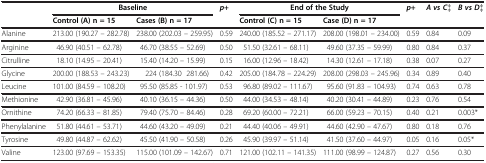
<table><thead><tr><td><b> </b></td><td colspan="2"><b>Baseline</b></td><td><b><i>p</i>+</b></td><td colspan="2"><b>End of the Study</b></td><td><b><i>p</i>+</b></td><td><b><i>A vs</i><i>C</i>‡</b></td><td><b><i>B vs</i><i>D</i>‡</b></td></tr><tr><td><b> </b></td><td><b>Control (A) n = 15</b></td><td><b>Cases (B) n = 17</b></td><td><b> </b></td><td><b>Control (C) n = 15</b></td><td><b>Case (D) n = 17</b></td><td><b> </b></td><td><b> </b></td><td><b> </b></td></tr></thead><tbody><tr><td>Alanine</td><td>213.00 (190.27 – 282.78)</td><td>238.00 (202.03 – 259.95)</td><td>0.59</td><td>240.00 (185.52 – 271.17)</td><td>208.00 (198.01 – 234.00)</td><td>0.59</td><td>0.84</td><td>0.09</td></tr><tr><td>Arginine</td><td>46.90 (40.51 – 62.78)</td><td>46.70 (38.55 – 52.69)</td><td>0.50</td><td>51.50 (32.61 – 68.11)</td><td>49.60 (37.35 – 59.99)</td><td>0.80</td><td>0.84</td><td>0.37</td></tr><tr><td>Citrulline</td><td>18.10 (14.95 – 20.41)</td><td>15.40 (14.20 – 15.99)</td><td>0.15</td><td>16.00 (12.96 – 18.42)</td><td>14.30 (12.61 – 17.18)</td><td>0.38</td><td>0.07</td><td>0.27</td></tr><tr><td>Glycine</td><td>200.00 (188.53 – 243.23)</td><td>224 (184.30 281.66)</td><td>0.42</td><td>205.00 (184.78 – 224.29)</td><td>208.00 (298.03 – 245.96)</td><td>0.34</td><td>0.89</td><td>0.40</td></tr><tr><td>Leucine</td><td>101.00 (84.59 – 108.20)</td><td>95.50 (85.85 - 101.97)</td><td>0.53</td><td>96.80 (89.02 – 111.67)</td><td>95.60 (91.83 – 104.93)</td><td>0.74</td><td>0.63</td><td>0.78</td></tr><tr><td>Methionine</td><td>42.90 (36.81 – 45.96)</td><td>40.10 (36.15 – 44.36)</td><td>0.50</td><td>44.00 (34.53 – 48.14)</td><td>40.20 (30.41 – 44.89)</td><td>0.23</td><td>0.76</td><td>0.54</td></tr><tr><td>Ornithine</td><td>74.20 (66.33 – 81.85)</td><td>79.40 (75.70 – 84.46)</td><td>0.28</td><td>69.20 (60.00 – 72.21)</td><td>66.00 (59.23 – 70.15)</td><td>0.40</td><td>0.21</td><td>0.003*</td></tr><tr><td>Phenylalanine</td><td>51.80 (44.61 – 53.71)</td><td>44.60 (43.20 – 49.09)</td><td>0.21</td><td>44.40 (40.06 – 49.91)</td><td>44.60 (42.90 – 47.67)</td><td>0.80</td><td>0.18</td><td>0.76</td></tr><tr><td>Tyrosine</td><td>49.80 (44.87 – 62.62)</td><td>45.50 (41.90 – 50.58)</td><td>0.26</td><td>45.90 (39.97 – 51.14)</td><td>41.50 (37.60 – 44.97)</td><td>0.05</td><td>0.16</td><td>0.05*</td></tr><tr><td>Valine</td><td>123.00 (97.69 – 153.35)</td><td>115.00 (101.09 – 142.67)</td><td>0.71</td><td>121.00 (102.11 – 141.35)</td><td>111.00 (98.99 – 124.87)</td><td>0.27</td><td>0.56</td><td>0.30</td></tr></tbody></table>